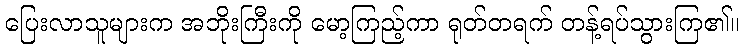
ပြေးလာသူများက အဘိုးကြီးကို မော့ကြည့်ကာ ရုတ်တရက် တန့်ရပ်သွားကြ၏။